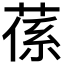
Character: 𦵠